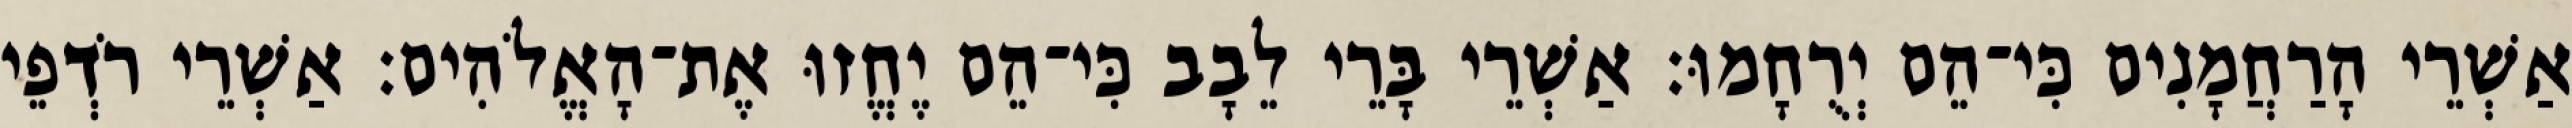
אַשְׁרֵי הָרַחֲמָנִים כִּי־הֵם יְרֻחָמוּ׃ אַשְׁרֵי בָּרֵי לֵבָב כִּי־הֵם יֶחֱזוּ אֶת־הָאֱלֹהִים׃ אַשְׁרֵי רֹדְפֵי